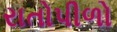
રાતોપીળો